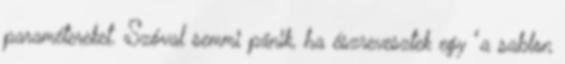
paramétereket. Szóval semmi pánik, ha észrevesztek egy "a sablon